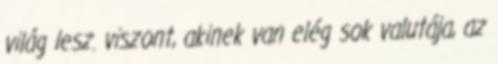
világ lesz. viszont, akinek van elég sok valutája, az